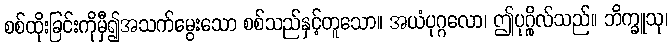
စစ်ထိုးခြင်းကိုမှီ၍အသက်မွေးသော စစ်သည်နှင့်တူသော။ အယံပုဂ္ဂလော၊ ဤပုဂ္ဂိုလ်သည်။ ဘိက္ခူသု၊